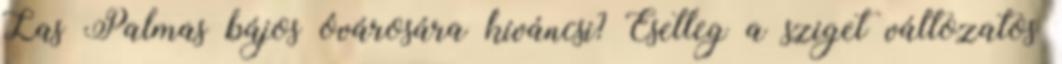
Las Palmas bájos óvárosára kíváncsi? Esetleg a sziget változatos